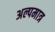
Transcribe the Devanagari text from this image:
अल्पमात्र